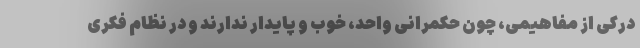
درکی از مفاهیمی، چون حکمرانی واحد، خوب و پایدار ندارند و در نظام فکری